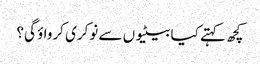
کچھ کہتے کیا بیٹیوں سے نوکری کرواؤ گی؟